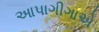
આપાગીગાએ